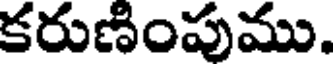
కరుణింపుము.